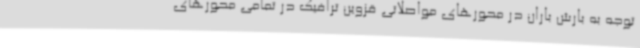
توجه به بارش باران در محورهای مواصلاتی قزوین ترافیک در تمامی محورهای